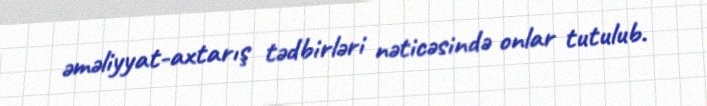
əməliyyat-axtarış tədbirləri nəticəsində onlar tutulub.